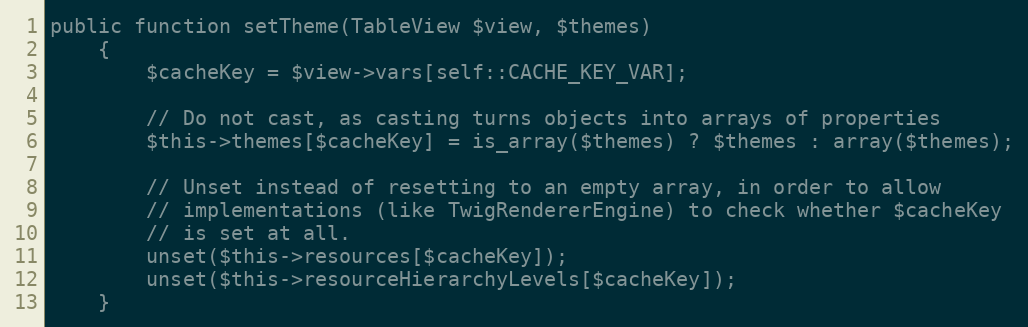
Language: PHP
public function setTheme(TableView $view, $themes)
    {
        $cacheKey = $view->vars[self::CACHE_KEY_VAR];

        // Do not cast, as casting turns objects into arrays of properties
        $this->themes[$cacheKey] = is_array($themes) ? $themes : array($themes);

        // Unset instead of resetting to an empty array, in order to allow
        // implementations (like TwigRendererEngine) to check whether $cacheKey
        // is set at all.
        unset($this->resources[$cacheKey]);
        unset($this->resourceHierarchyLevels[$cacheKey]);
    }